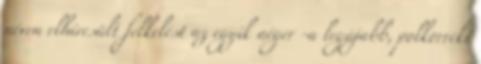
néven elhíresült felkelést az egyik néger -a legújabb, polkorrekt